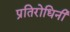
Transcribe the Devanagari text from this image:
प्रतिरोधिनी